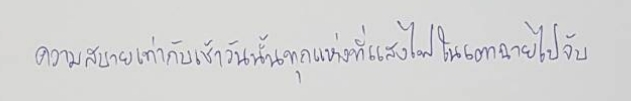
ความสบายเท่ากับเช้าวันนั้นทุกแห่งที่แสงไฟในเตาฉายไปจับ